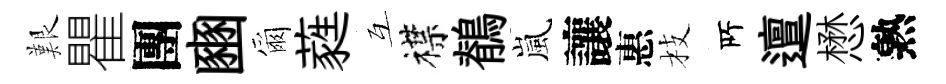
艱瞿團豳爾蕤互襟鶺嵐讓惠枝𠩄邅懋熟